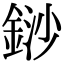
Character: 䤬